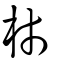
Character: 杮